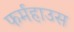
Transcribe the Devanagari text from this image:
फर्महाउस